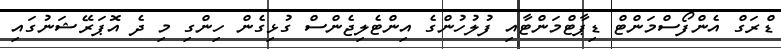
ޑްރަގް އެންފޯސްމަންޓް ޑިޕާޓްމަންޓާއި ފުލުހުންގެ އިންޓެލިޖެންސް ގުޅިގެން ހިންގި މި ދެ އޮޕަރޭޝަނުގައި